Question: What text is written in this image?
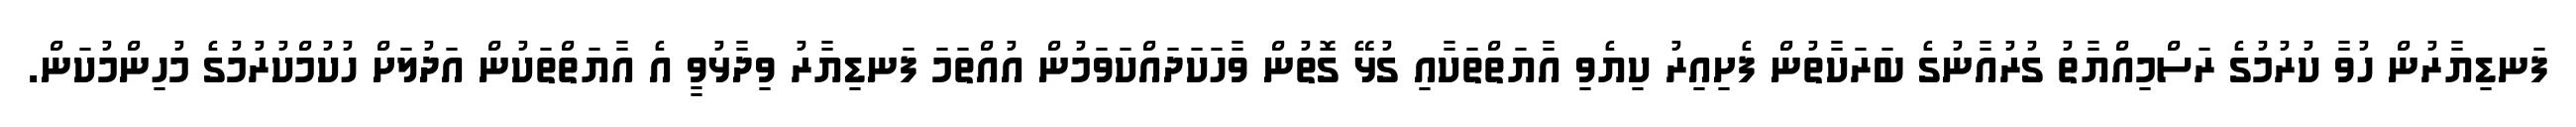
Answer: ފަނޑިޔާރުން ހުވާ ކުރުމުގެ ރަސްމިއްޔާތު ގުރުއާނުގެ ބަރަކާތުން ފެށިއިރު ކިޔެވި އާޔަތްތަކާއި ގުޅޭ ގޮތުން ވާހަކަދައްކަވަމުން އުއްތަމަ ފަނޑިޔާރު ވިދާޅުވީ އެ އާޔަތްތަކުން އަދުލަށް ހުކުމްކުރުމުގެ މުހިންމުކަން.